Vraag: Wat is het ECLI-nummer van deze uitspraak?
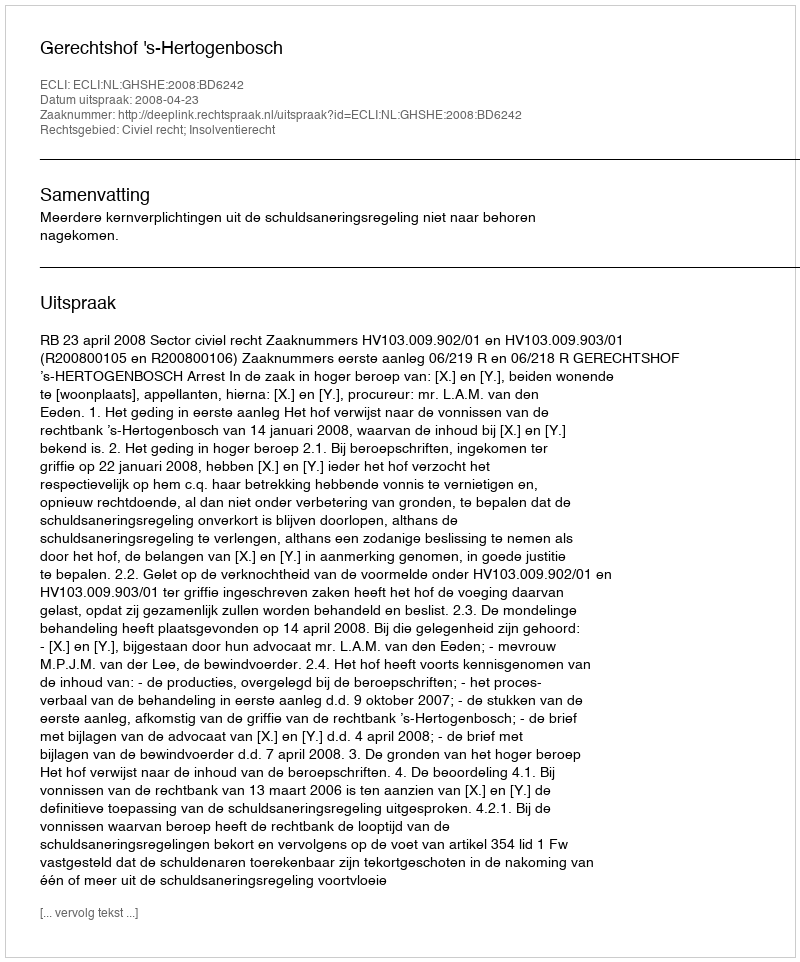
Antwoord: ECLI:NL:GHSHE:2008:BD6242